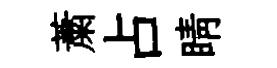
䔥占睛